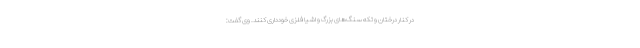
در کنار درختان و تکه سنگ‌های بزرگ و اشیا فلزی خودداری کنند. وی گفت: